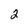
Character: 2